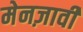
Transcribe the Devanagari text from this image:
मेनज़ावी